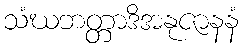
သံဃဘတ္တာဒိအနုဇာနနံ